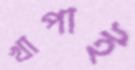
খাপাই